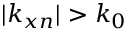
| k _ { x n } | > k _ { 0 }